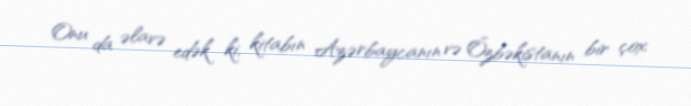
Onu da əlavə edək ki, kitabın Azərbaycanın və Özbəkistanın bir çox